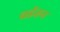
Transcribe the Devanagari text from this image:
चईतन